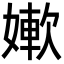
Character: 㜛